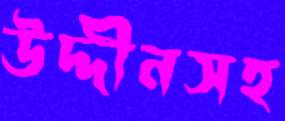
উদ্দীনসহ